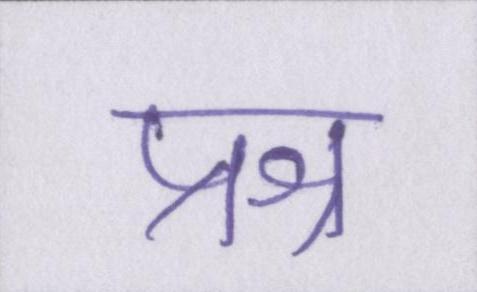
प्रश्न